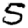
Digit: 5